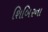
શિબિરના